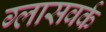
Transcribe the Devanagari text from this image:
ग्लासवर्क